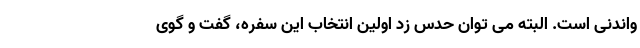
واندنی است. البته می توان حدس زد اولین انتخاب این سفره، گفت و گوی